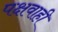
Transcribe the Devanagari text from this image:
पक्षवाही